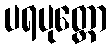
ပရပုတ္တော